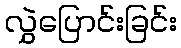
လွှဲပြောင်းခြင်း